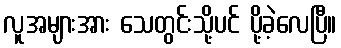
လူအများအား သေတွင်းသို့ပင် ပို့ခဲ့လေပြီ။